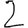
Digit: 2